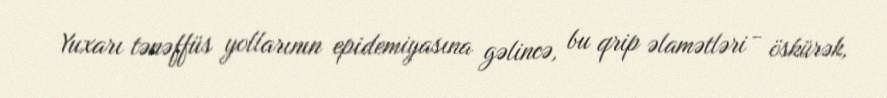
Yuxarı tənəffüs yollarının epidemiyasına gəlincə, bu qrip əlamətləri - öskürək,